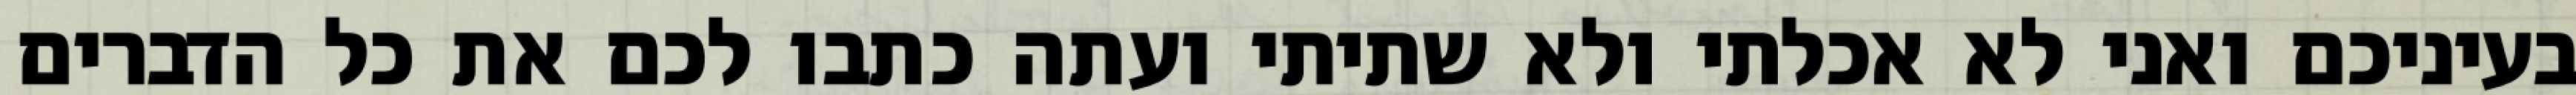
בעיניכם ואני לא אכלתי ולא שתיתי ועתה כתבו לכם את כל הדברים